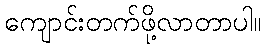
ကျောင်းတက်ဖို့လာတာပါ။